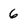
Character: 6